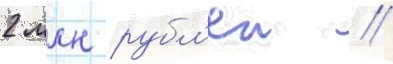
2 млн рубл'еи //